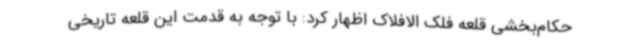
حکام‌بخشی قلعه فلک الافلاک اظهار کرد: با توجه به قدمت این قلعه تاریخی